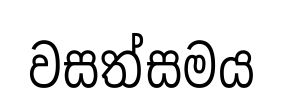
වසත්සමය